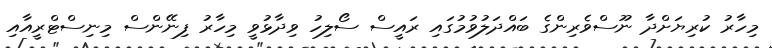
މިހާރު ކުރިޔަށްދާ ނޫސްވެރިންގެ ބައްދަލުވުމުގައި ރައީސް ސޯލިހު ވިދާޅުވީ މިހާރު ފިނޭންސް މިނިސްޓްރީއާއި